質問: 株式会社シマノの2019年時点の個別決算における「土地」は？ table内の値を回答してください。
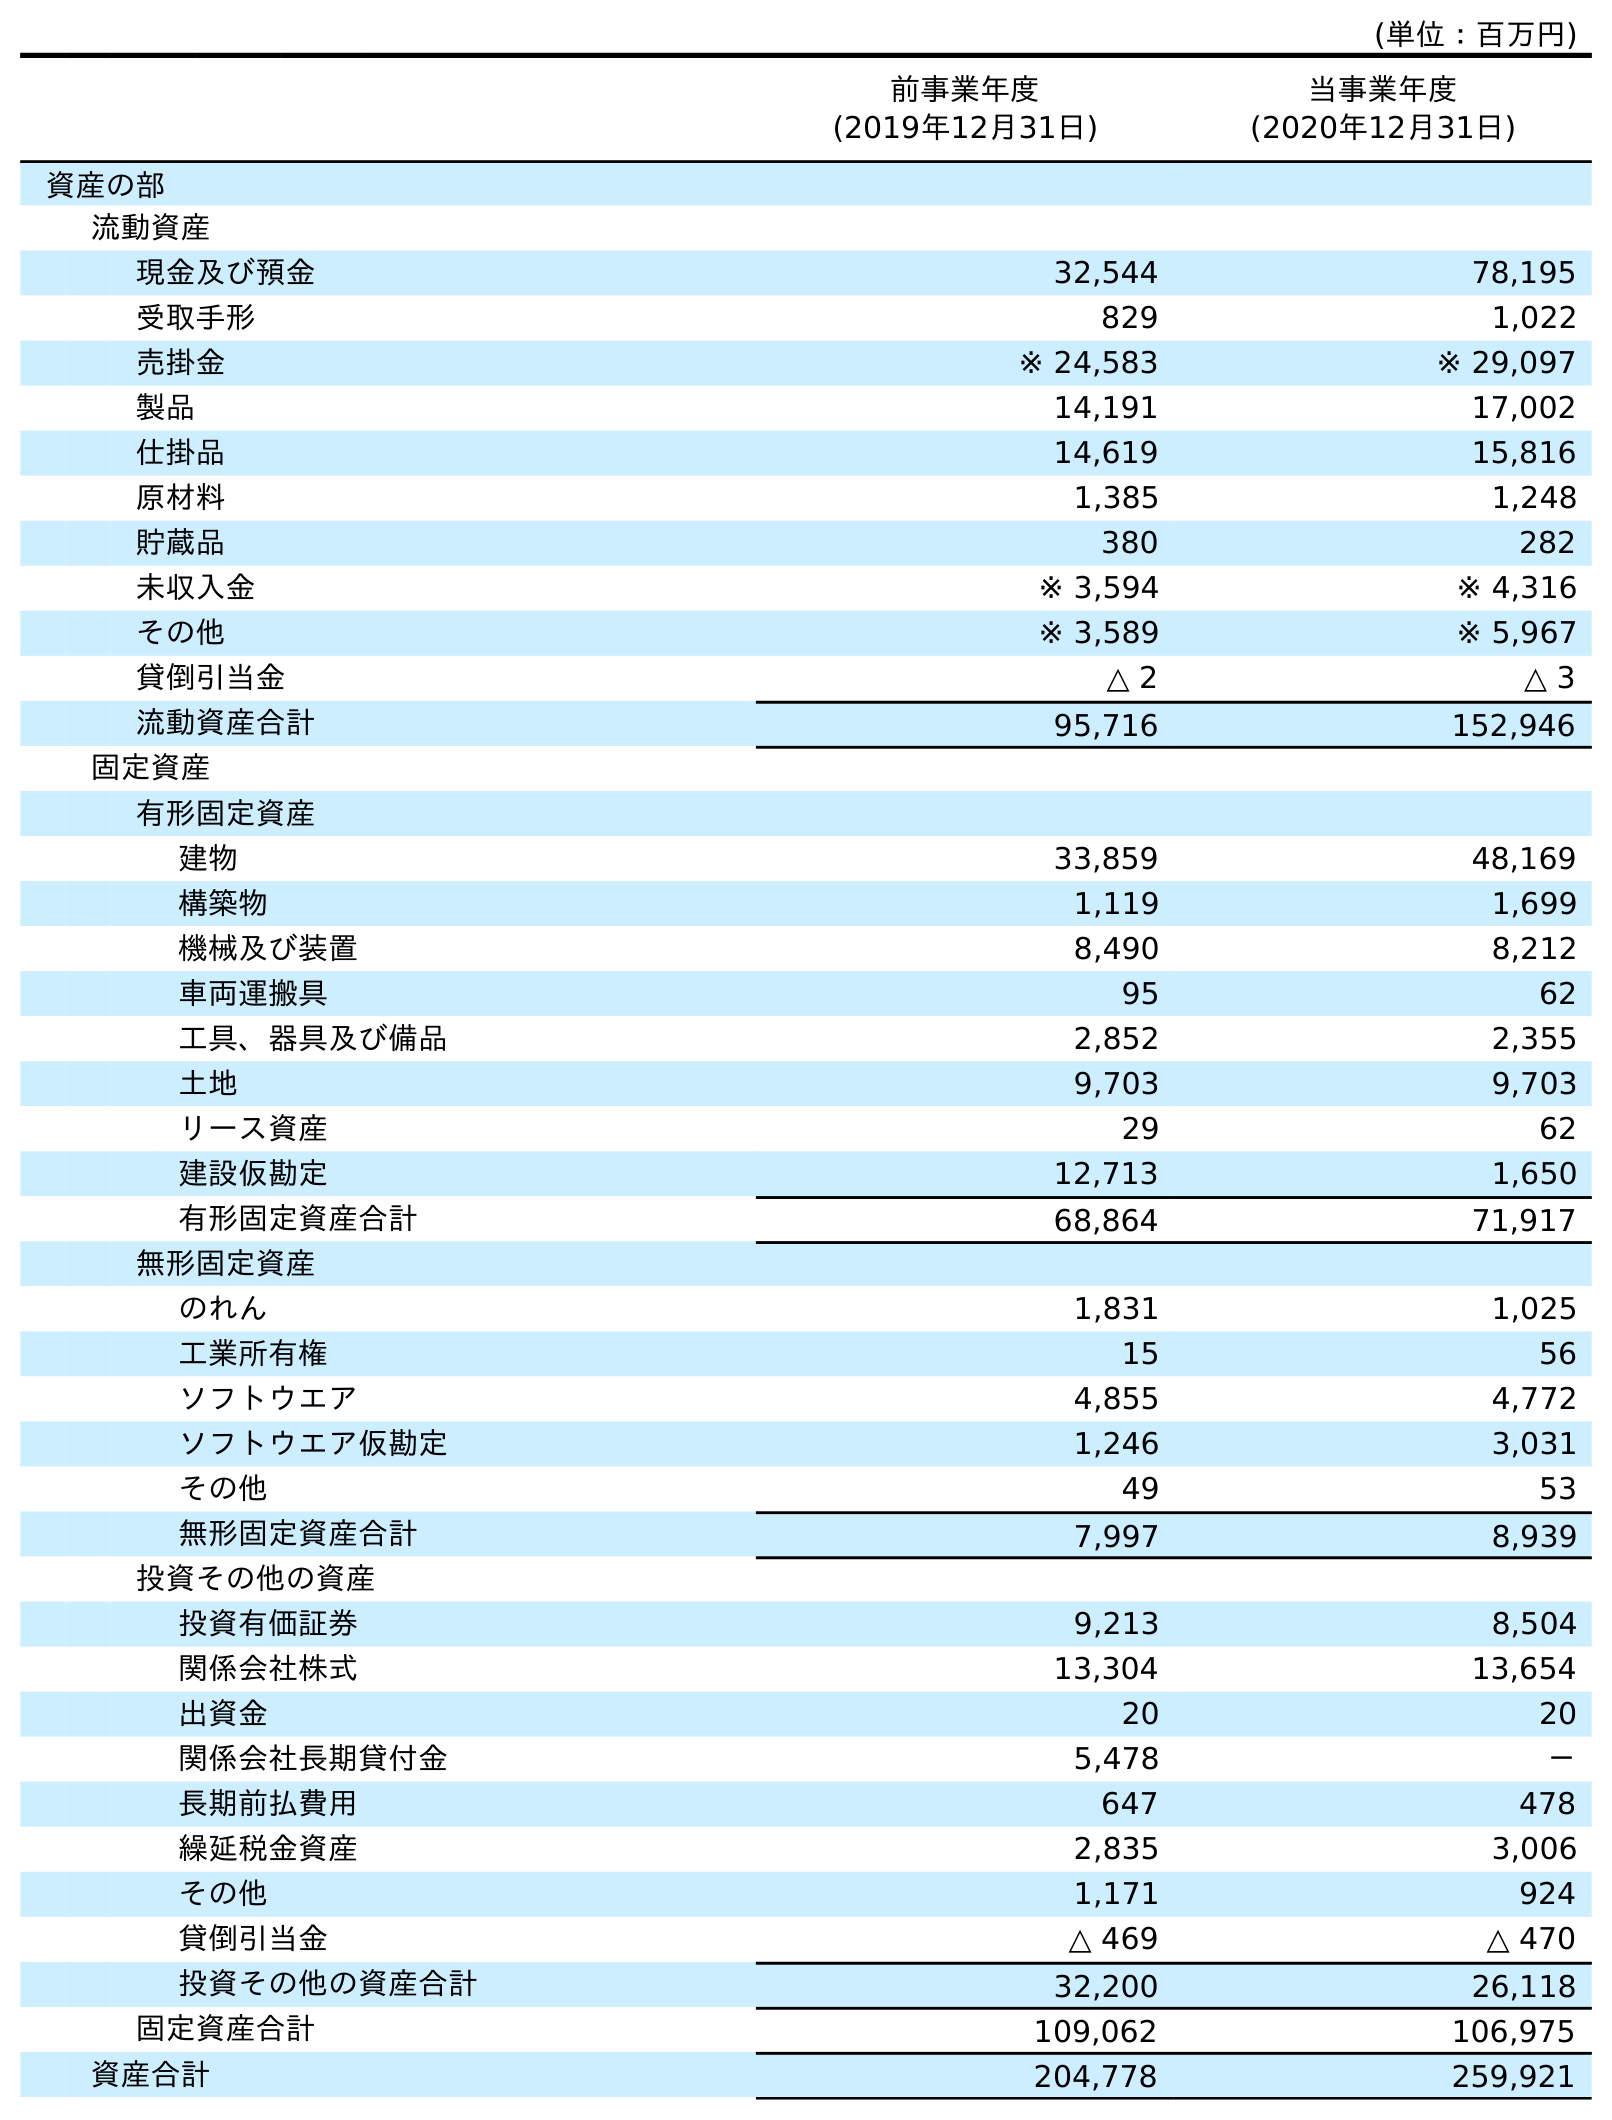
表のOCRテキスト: (単位：百万円) 前事業年度 (2019年12月31日) 当事業年度 (2020年12月31日) 資産の部 流動資産 現金及び預金 32,544 78,195 受取手形 829 1,022 売掛金 ※ 24,583 ※ 29,097 製品 14,191 17,002 仕掛品 14,619 15,816 原材料 1,385 1,248 貯蔵品 380 282 未収入金 ※ 3,594 ※ 4,316 その他 ※ 3,589 ※ 5,967 貸倒引当金 △ 2 △ 3 流動資産合計 95,716 152,946 固定資産 有形固定資産 建物 33,859 48,169 構築物 1,119 1,699 機械及び装置 8,490 8,212 車両運搬具 95 62 工具、器具及び備品 2,852 2,355 土地 9,703 9,703 リース資産 29 62 建設仮勘定 12,713 1,650 有形固定資産合計 68,864 71,917 無形固定資産 のれん 1,831 1,025 工業所有権 15 56 ソフトウエア 4,855 4,772 ソフトウエア仮勘定 1,246 3,031 その他 49 53 無形固定資産合計 7,997 8,939 投資その他の資産 投資有価証券 9,213 8,504 関係会社株式 13,304 13,654 出資金 20 20 関係会社長期貸付金 5,478 － 長期前払費用 647 478 繰延税金資産 2,835 3,006 その他 1,171 924 貸倒引当金 △ 469 △ 470 投資その他の資産合計 32,200 26,118 固定資産合計 109,062 106,975 資産合計 204,778 259,921
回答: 9,703